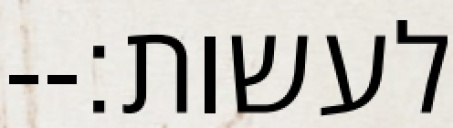
לעשות׃--